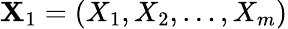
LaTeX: \mathbf{X}_{1}=(X_{1},X_{2},\ldots,X_{m})